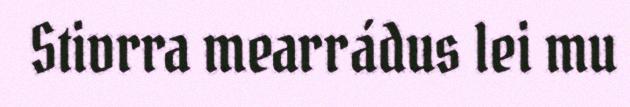
Stivrra mearrádus lei mu